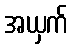
အယှက်